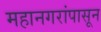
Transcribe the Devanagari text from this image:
महानगरांपासून